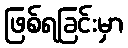
ဖြစ်ရခြင်းမှာ